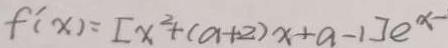
f ^ { \prime } ( x ) = [ x ^ { 2 } + ( a + 2 ) x + a - 1 ] e ^ { x - }